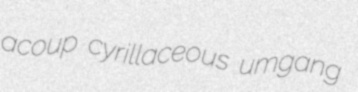
acoup cyrillaceous umgang